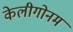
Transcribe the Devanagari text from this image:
केलीगोनम